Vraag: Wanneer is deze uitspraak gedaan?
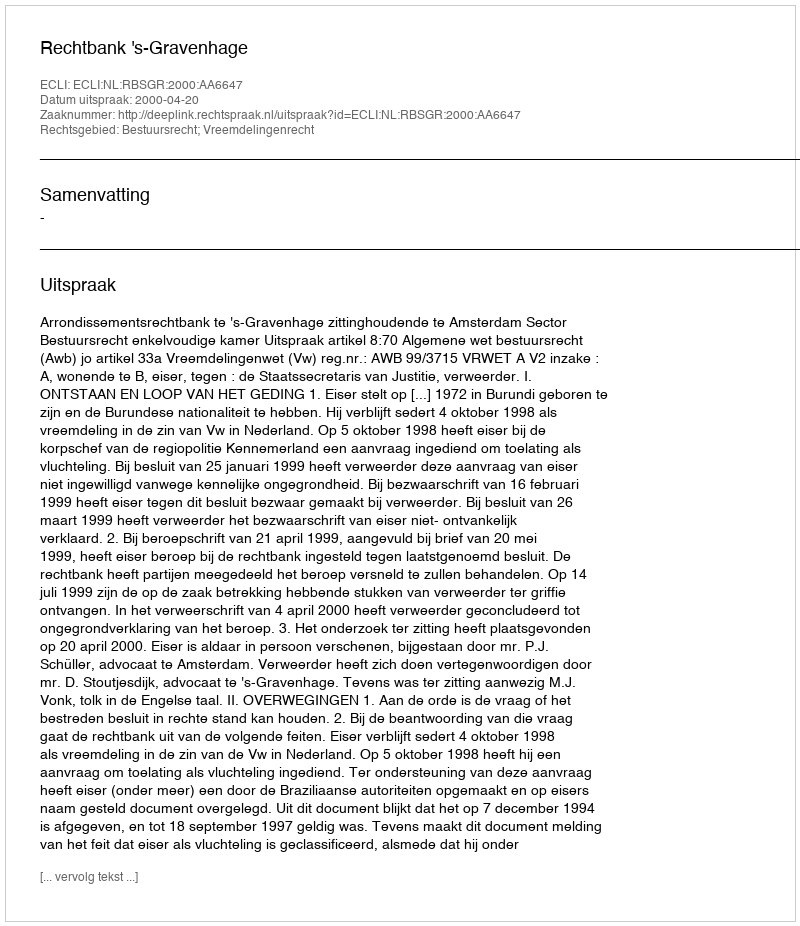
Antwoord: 2000-04-20